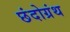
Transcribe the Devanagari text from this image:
छंदोग्रंथ